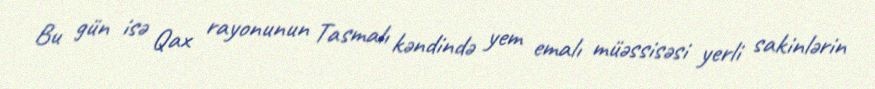
Bu gün isə Qax rayonunun Tasmalı kəndində yem emalı müəssisəsi yerli sakinlərin